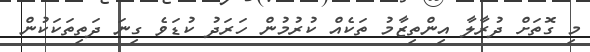
މި ގޮތަށް ދުރާލާ އިންތިޒާމު ތަކެއް ކުރުމުން ހަރަދު ކުޑަވެ ގިނަ ދަތިތަކަކުން